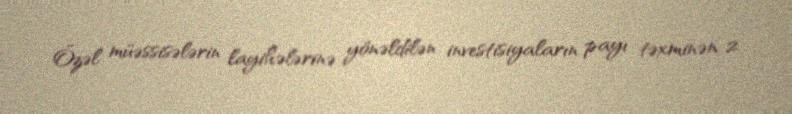
Özəl müəssisələrin layihələrinə yönəldilən investisiyaların payı təxminən 2